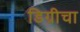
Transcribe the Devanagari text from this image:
डिग्रीचा